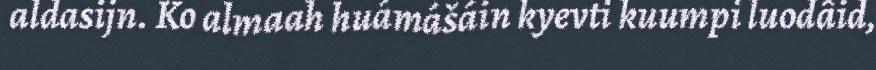
aldasijn. Ko almaah huámášáin kyevti kuumpi luodâid,